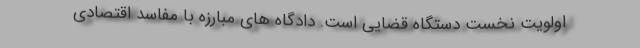
اولویت نخست دستگاه قضایی است. دادگاه های مبارزه با مفاسد اقتصادی